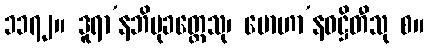
၁၁၇၂။ ဒူရာ’နဘိမုခတ္တေသု၊ မောဟာ’နဝဋ္ဌိတီသု စ။